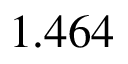
1 . 4 6 4